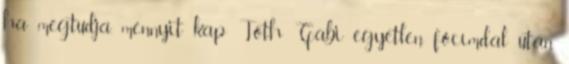
ha megtudja, mennyit kap Tóth Gabi egyetlen főcímdal után